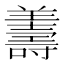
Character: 𦏟